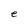
Character: e